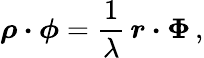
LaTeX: \boldsymbol\rho\boldsymbol\cdot\boldsymbol\phi={\frac{1}{\lambda}}\, \boldsymbol r\boldsymbol\cdot\boldsymbol\Phi\, ,